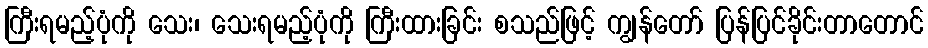
ကြီးရမည့်ပုံကို သေး၊ သေးရမည့်ပုံကို ကြီးထားခြင်း စသည်ဖြင့် ကျွန်တော် ပြန်ပြင်ခိုင်းတာတောင်